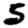
Digit: 5